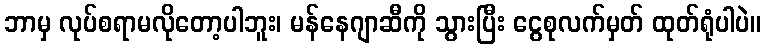
ဘာမှ လုပ်စရာမလိုတော့ပါဘူး၊ မန်နေဂျာဆီကို သွားပြီး ငွေစုလက်မှတ် ထုတ်ရုံပါပဲ။